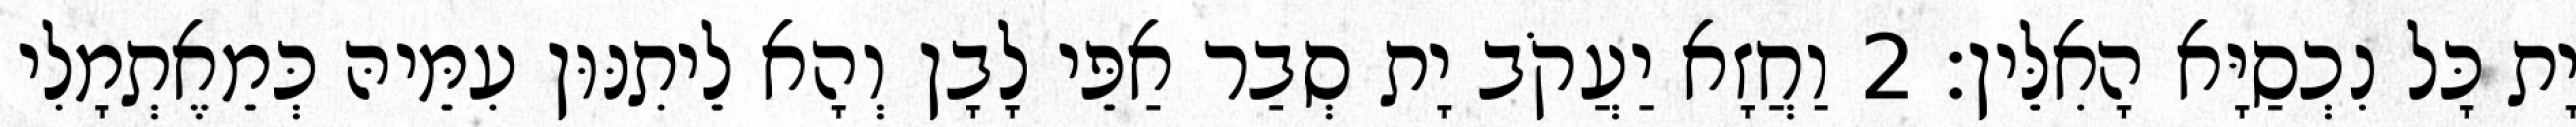
יָת כָּל נִכְסַיָּא הָאִלֵּין׃ 2 וַחֲזָא יַעֲקֹב יָת סְבַר אַפֵּי לָבָן וְהָא לֵיתִנּוּן עִמֵּיהּ כְּמֵאֶתְמָלִי